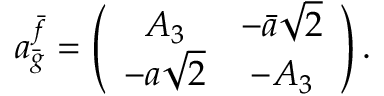
a _ { \bar { g } } ^ { \bar { f } } = \left( \begin{array} { c c } { { A _ { 3 } } } & { { - \bar { a } \sqrt { 2 } } } \\ { { - a \sqrt { 2 } } } & { { - A _ { 3 } } } \end{array} \right) .